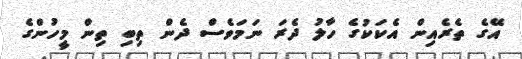
އޭގެ ތެރެއިން އެކަކުގެ ހާލު ދެރަ ނަމަވެސް ދެން ތިބި ތިން މީހުންގެ